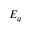
E _ { q }